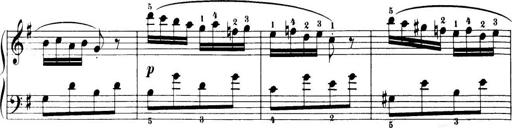
Title: 32 Sonatinas and Rondos for the Piano
Composer: Richard Kleinmichel